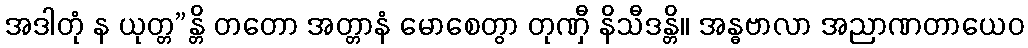
အဒါတုံ န ယုတ္တ”န္တိ တတော အတ္တာနံ မောစေတွာ တုဏှီ နိသီဒန္တိ။ အန္ဓဗာလာ အညာဏတာယေဝ